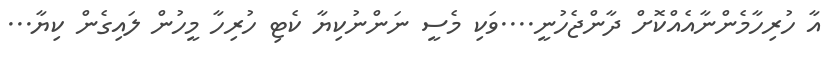
އާ ހުރިހާމެންނާއެއްކޮށް ދާންޖެހުނީ....ވަކި މެސީ ނަންނުކިޔާ ކެޓި ހުރިހާ މީހުން ލައިގެން ކިޔާ...